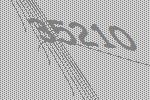
35210